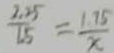
\frac { 2 . 2 5 } { 1 . 5 } = \frac { 1 . 7 5 } { x }